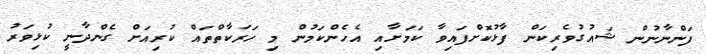
ފަންނާނުން ޝައުގުވެރިކަން ފާޅުކޮށްފައިވާ ކަމަށާއި އެހެންކަމުން މި ހަރަކާތްތައް ކުރިއަށް ގެންދާނީ ކުޅިވަރު